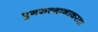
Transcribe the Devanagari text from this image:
पुनरुत्थानाकरता